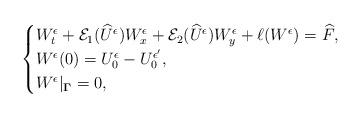
LaTeX: \begin{align*}\begin{cases}W^\epsilon_t + \mathcal{E}_1(\widehat U^\epsilon) W^\epsilon_x + \mathcal{E}_2(\widehat U^\epsilon) W^\epsilon_y + \ell(W^\epsilon) = \widehat F,\\W^\epsilon(0)=U_0^\epsilon - U_0^{\epsilon'}, \\W^\epsilon|_{\boldsymbol\Gamma} = 0,\end{cases}\end{align*}